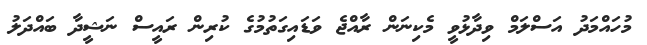
މުހައްމަދު އަސްލަމް ވިދާޅުވީ މެކިނަން ރާއްޖެ ވަޑައިގަތުމުގެ ކުރިން ރައީސް ނަޝީދާ ބައްދަލު